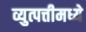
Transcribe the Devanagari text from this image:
व्युत्पत्तीमध्ये